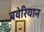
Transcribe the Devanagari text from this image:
बवेरियान